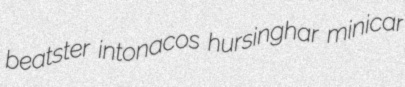
beatster intonacos hursinghar minicar